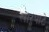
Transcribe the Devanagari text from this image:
खारपाटे